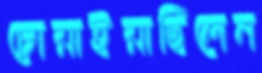
চোয়াইয়াছিলেন